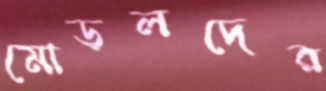
মোড়লদের